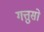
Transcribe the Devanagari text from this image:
गत्तुसो